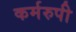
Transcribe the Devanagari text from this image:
कर्मरुपी